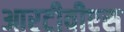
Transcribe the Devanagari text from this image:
आरटीवीएस